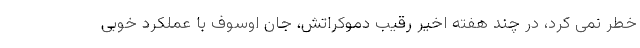
خطر نمی کرد، در چند هفته اخیر رقیب دموکراتش، جان اوسوف با عملکرد خوبی